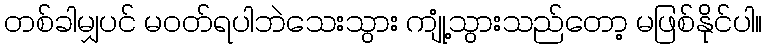
တစ်ခါမျှပင် မဝတ်ရပါဘဲသေးသွား ကျုံ့သွားသည်တော့ မဖြစ်နိုင်ပါ။